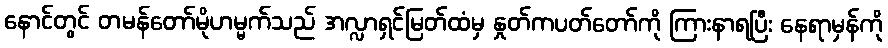
နောင်တွင် တမန်တော်မိုဟမ္မက်သည် အလ္လာရှင်မြတ်ထံမှ နှုတ်ကပတ်တော်ကို ကြားနာရပြီး နေရာမှန်ကို